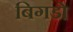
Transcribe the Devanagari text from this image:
बिगडो